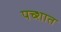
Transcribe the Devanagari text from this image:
पच्शात